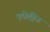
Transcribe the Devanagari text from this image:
एफेड्रिन